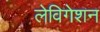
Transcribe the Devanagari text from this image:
लेविगेशन